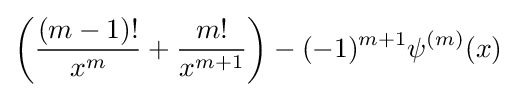
\left({\frac {(m-1)!}{x^{m}}}+{\frac {m!}{x^{m+1}}}\right)-(-1)^{m+1}\psi ^{(m)}(x)